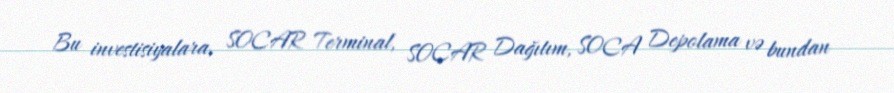
Bu investisiyalara, SOCAR Terminal, SOCAR Dağıtım, SOCA Depolama və bundan